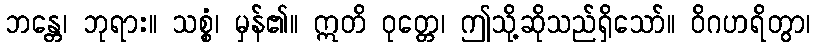
ဘန္တေ၊ ဘုရား။ သစ္စံ၊ မှန်၏။ ဣတိ ဝုတ္တေ၊ ဤသို့ဆိုသည်ရှိသော်။ ဝိဂဟရိတွာ၊